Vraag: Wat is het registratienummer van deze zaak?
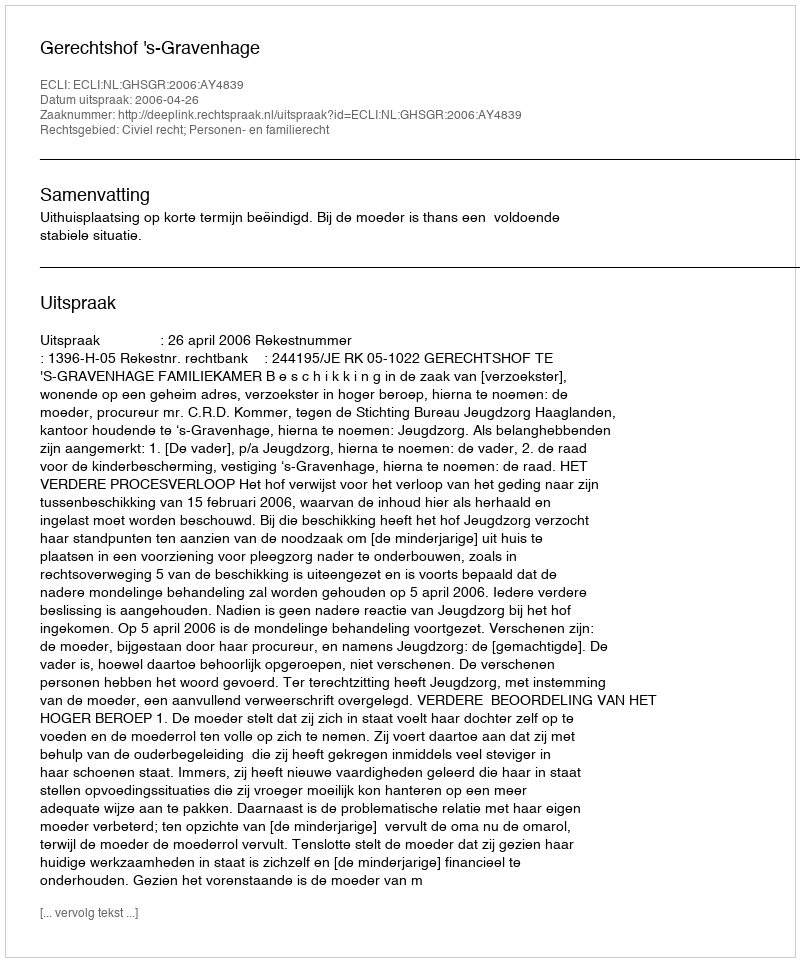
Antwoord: http://deeplink.rechtspraak.nl/uitspraak?id=ECLI:NL:GHSGR:2006:AY4839